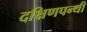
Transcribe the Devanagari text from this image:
दक्षिणपन्थी